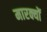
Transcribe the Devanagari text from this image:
मारक्यों